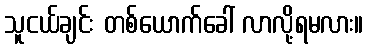
သူငယ်ချင်း တစ်ယောက်ခေါ် လာလို့ရမလား။